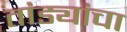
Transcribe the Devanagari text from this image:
तांड्यांचा